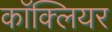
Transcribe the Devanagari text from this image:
काॅक्लियर